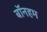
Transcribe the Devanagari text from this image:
बॉनहम